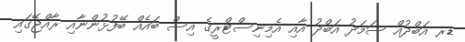
ޑރ އަބްދުއް ސަމަދު އަބްދު އާއި އެމިނިސްޓްރީގެ އިސް ބައެއް ބޭފުޅުންނާއި ރާއްޖޭގައި